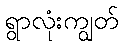
ရွာလုံးကျွတ်